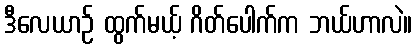
ဒီလေယာဉ် ထွက်မယ့် ဂိတ်ပေါက်က ဘယ်ဟာလဲ။